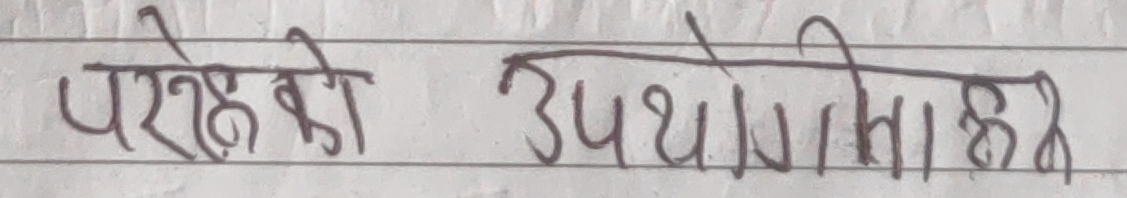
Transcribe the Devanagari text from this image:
परीक्षा की उपयोगिता